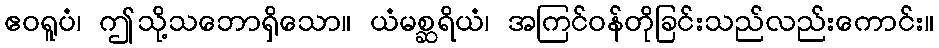
ဧဝရူပံ၊ ဤသို့သဘောရှိသော။ ယံမစ္ဆရိယံ၊ အကြင်ဝန်တိုခြင်းသည်လည်းကောင်း။